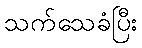
သက်သေခံပြီး